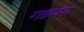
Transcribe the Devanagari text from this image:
गडच्या